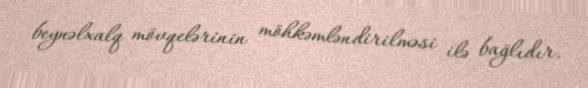
beynəlxalq mövqelərinin möhkəmləndirilməsi ilə bağlıdır.